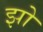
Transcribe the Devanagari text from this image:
झो